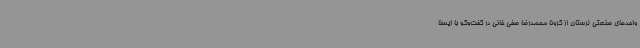
واحدهای صنعتی لرستان از کرونا ‌محمدرضا صفی خانی در گفت‌وگو با ایسنا